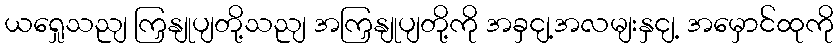
ယရှေုသညျ ကြှနျုပျတို့သညျ အကြှနျုပျတို့ကို အခှငျ့အလမျးနှငျ့ အမှောင်ထုကို